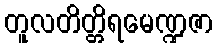
တူလတိတ္တိရမေဏ္ဍဇာ